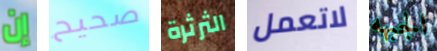
إن صحيح الثرثرة لاتعمل الجبهه